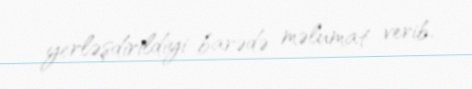
yerləşdirildiyi barədə məlumat verib.